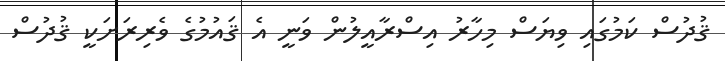
ޤުދުސް ކަމުގައި ވިޔަސް މިހާރު އިސްރާއީލުން ވަނީ އެ ޤައުމުގެ ވެރިރަށަކީ ޤުދުސް